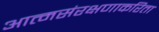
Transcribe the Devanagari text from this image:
आत्मसंरक्षणाकरिता